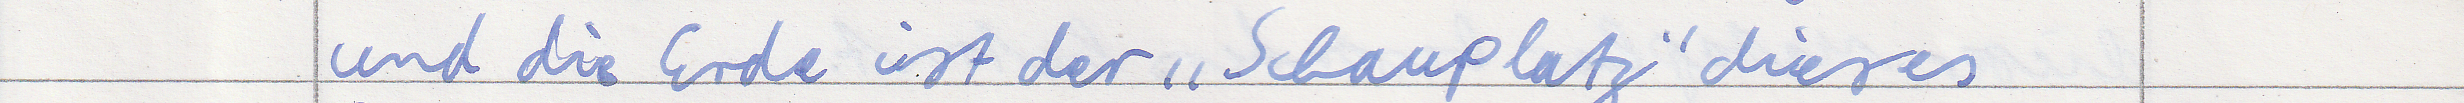
und die Erde ist der "Schauplatz" dieses